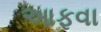
આફવા